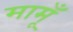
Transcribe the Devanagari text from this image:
मामूँ